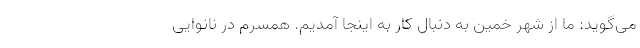
می‌گوید: ما از شهر خمین به دنبال کار به اینجا آمدیم. همسرم در نانوایی